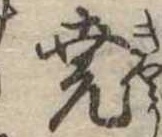
尭